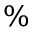
\%